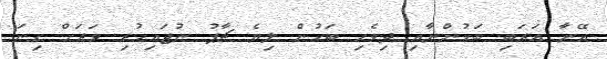
އޭނާ އަރަބި ބަހުންނާއި ދިވެހި ބަހުން ލިޔެ ޗާޕު ނުޖައިހުރި ވަރަށް ގިނަ